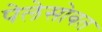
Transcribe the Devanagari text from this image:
पेलेसोबत